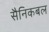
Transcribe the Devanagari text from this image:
सैनिकबल